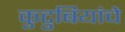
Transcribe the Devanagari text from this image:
कुटुबियांचे